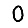
Digit: 0